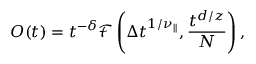
O ( t ) = t ^ { - \delta } \mathcal { F } \left( \Delta t ^ { 1 / \nu _ { | | } } , \frac { t ^ { d / z } } { N } \right) ,